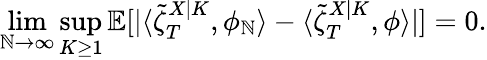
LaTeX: \operatorname*{lim}_{\mathbb{N}\to\infty}\operatorname*{sup}_{K\geq1}\mathbb{{E}}[|\langle\tilde{{\zeta}}_{T}^{X|K},\phi_{\mathbb{N}}\rangle-\langle\tilde{{\zeta}}_{T}^{X|K},\phi\rangle|]=0.